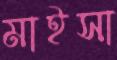
মাইসা